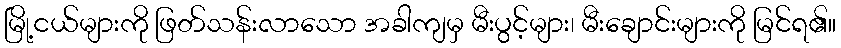
မြို့ငယ်များကို ဖြတ်သန်းလာသော အခါကျမှ မီးပွင့်များ၊ မီးချောင်းများကို မြင်ရ၏။